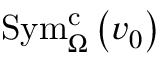
\mathrm { S y m } _ { \Omega } ^ { \mathrm { c } } \left( v _ { 0 } \right)